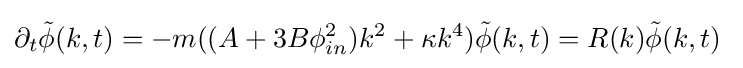
\partial _{t}{\tilde {\phi }}(k,t)=-m((A+3B\phi _{in}^{2})k^{2}+\kappa k^{4}){\tilde {\phi }}(k,t)=R(k){\tilde {\phi }}(k,t)\;